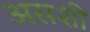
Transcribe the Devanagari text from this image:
असशी